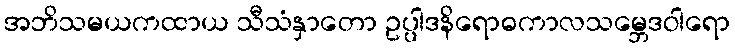
အဘိသမယကထာယ သီသံနှာတော ဥပ္ပါဒနိရောဓကာလသမ္ဘေဒဝါရော